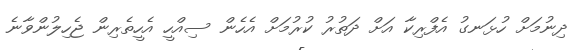
ދިނުމަށް ހުޅަނގު އެފްރިކާ އަށް ދަތުރު ކުރުމަށް އެހެން ސިއްހީ އެހީތެރިން ޖެހިލުންވާނެ